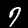
Label: 7